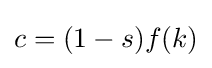
c=(1-s)f(k)